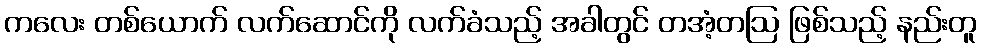
ကလေး တစ်ယောက် လက်ဆောင်ကို လက်ခံသည့် အခါတွင် တအံ့တဩ ဖြစ်သည့် နည်းတူ